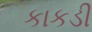
કાકડી